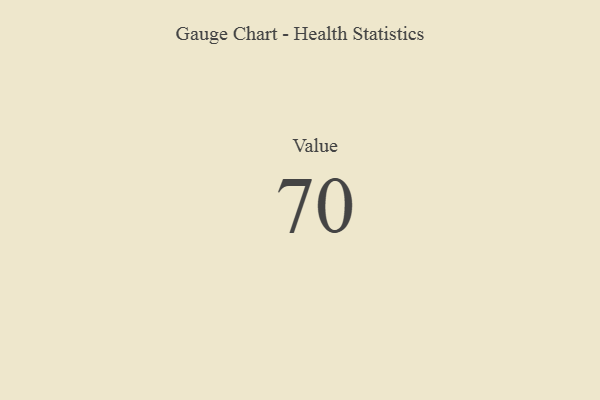
{"axis": {"x": "Metric", "y": "Value"}, "legend": [""], "data": [{"x": "Value", "y": 70, "type": ""}]}